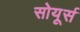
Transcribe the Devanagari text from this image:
सोयूर्स